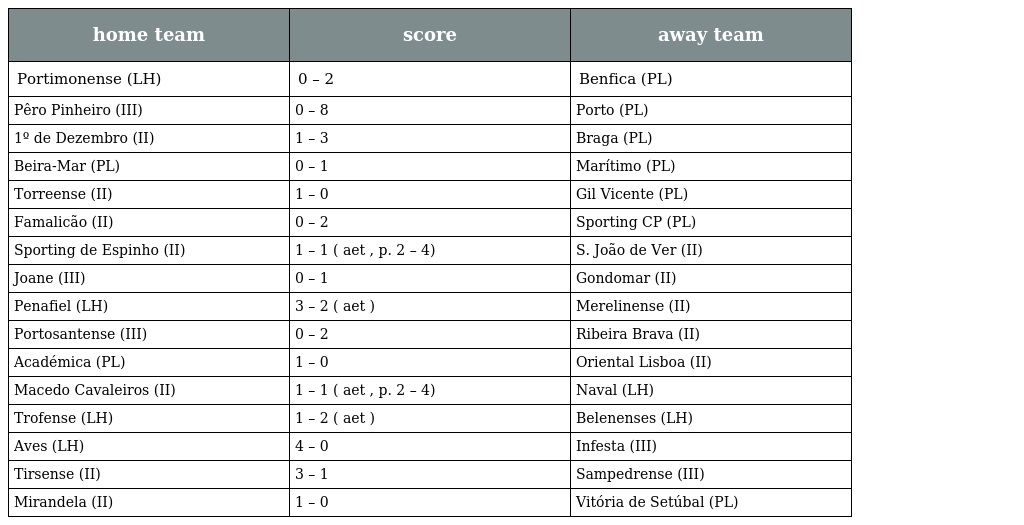
| home team | score | away team |
 | --- | --- | --- |
 | Portimonense (LH) | 0 – 2 | Benfica (PL) |
 | Pêro Pinheiro (III) | 0 – 8 | Porto (PL) |
 | 1º de Dezembro (II) | 1 – 3 | Braga (PL) |
 | Beira-Mar (PL) | 0 – 1 | Marítimo (PL) |
 | Torreense (II) | 1 – 0 | Gil Vicente (PL) |
 | Famalicão (II) | 0 – 2 | Sporting CP (PL) |
 | Sporting de Espinho (II) | 1 – 1 ( aet , p. 2 – 4) | S. João de Ver (II) |
 | Joane (III) | 0 – 1 | Gondomar (II) |
 | Penafiel (LH) | 3 – 2 ( aet ) | Merelinense (II) |
 | Portosantense (III) | 0 – 2 | Ribeira Brava (II) |
 | Académica (PL) | 1 – 0 | Oriental Lisboa (II) |
 | Macedo Cavaleiros (II) | 1 – 1 ( aet , p. 2 – 4) | Naval (LH) |
 | Trofense (LH) | 1 – 2 ( aet ) | Belenenses (LH) |
 | Aves (LH) | 4 – 0 | Infesta (III) |
 | Tirsense (II) | 3 – 1 | Sampedrense (III) |
 | Mirandela (II) | 1 – 0 | Vitória de Setúbal (PL) |